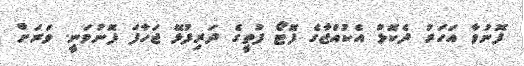
ފޮނުވާ އަހަރު ދެކޮޅު އެކުއްޖާގެ ފޮޓޯ ފުތީގެ ދަރިފުޅޭ ޖަހާފަ ފޮނުވަނީ. ވަރަށް